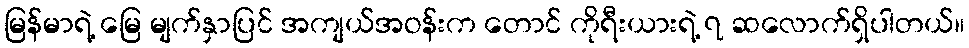
မြန်မာရဲ့ မြေ မျက်နှာပြင် အကျယ်အဝန်းက တောင် ကိုရီးယားရဲ့ ၇ ဆလောက်ရှိပါတယ်။